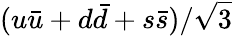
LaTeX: (u\bar{u}+d\bar{d}+s\bar{s})/\sqrt{3}